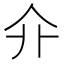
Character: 𠇎